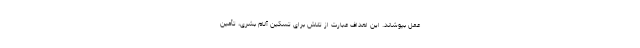
عمل بپوشاند. این اهداف عبارت از تلاش برای تسکین آلام بشری، تأمین